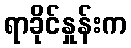
ရာခိုင်နှုန်းက